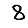
Digit: 8